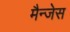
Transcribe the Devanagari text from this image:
मैन्जेस